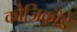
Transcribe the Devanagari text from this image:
कोजिकोडे